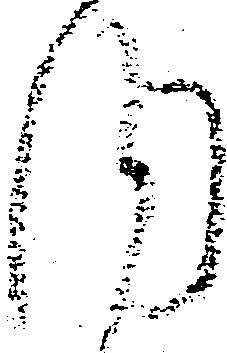
内